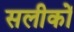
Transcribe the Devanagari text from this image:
सलीकों